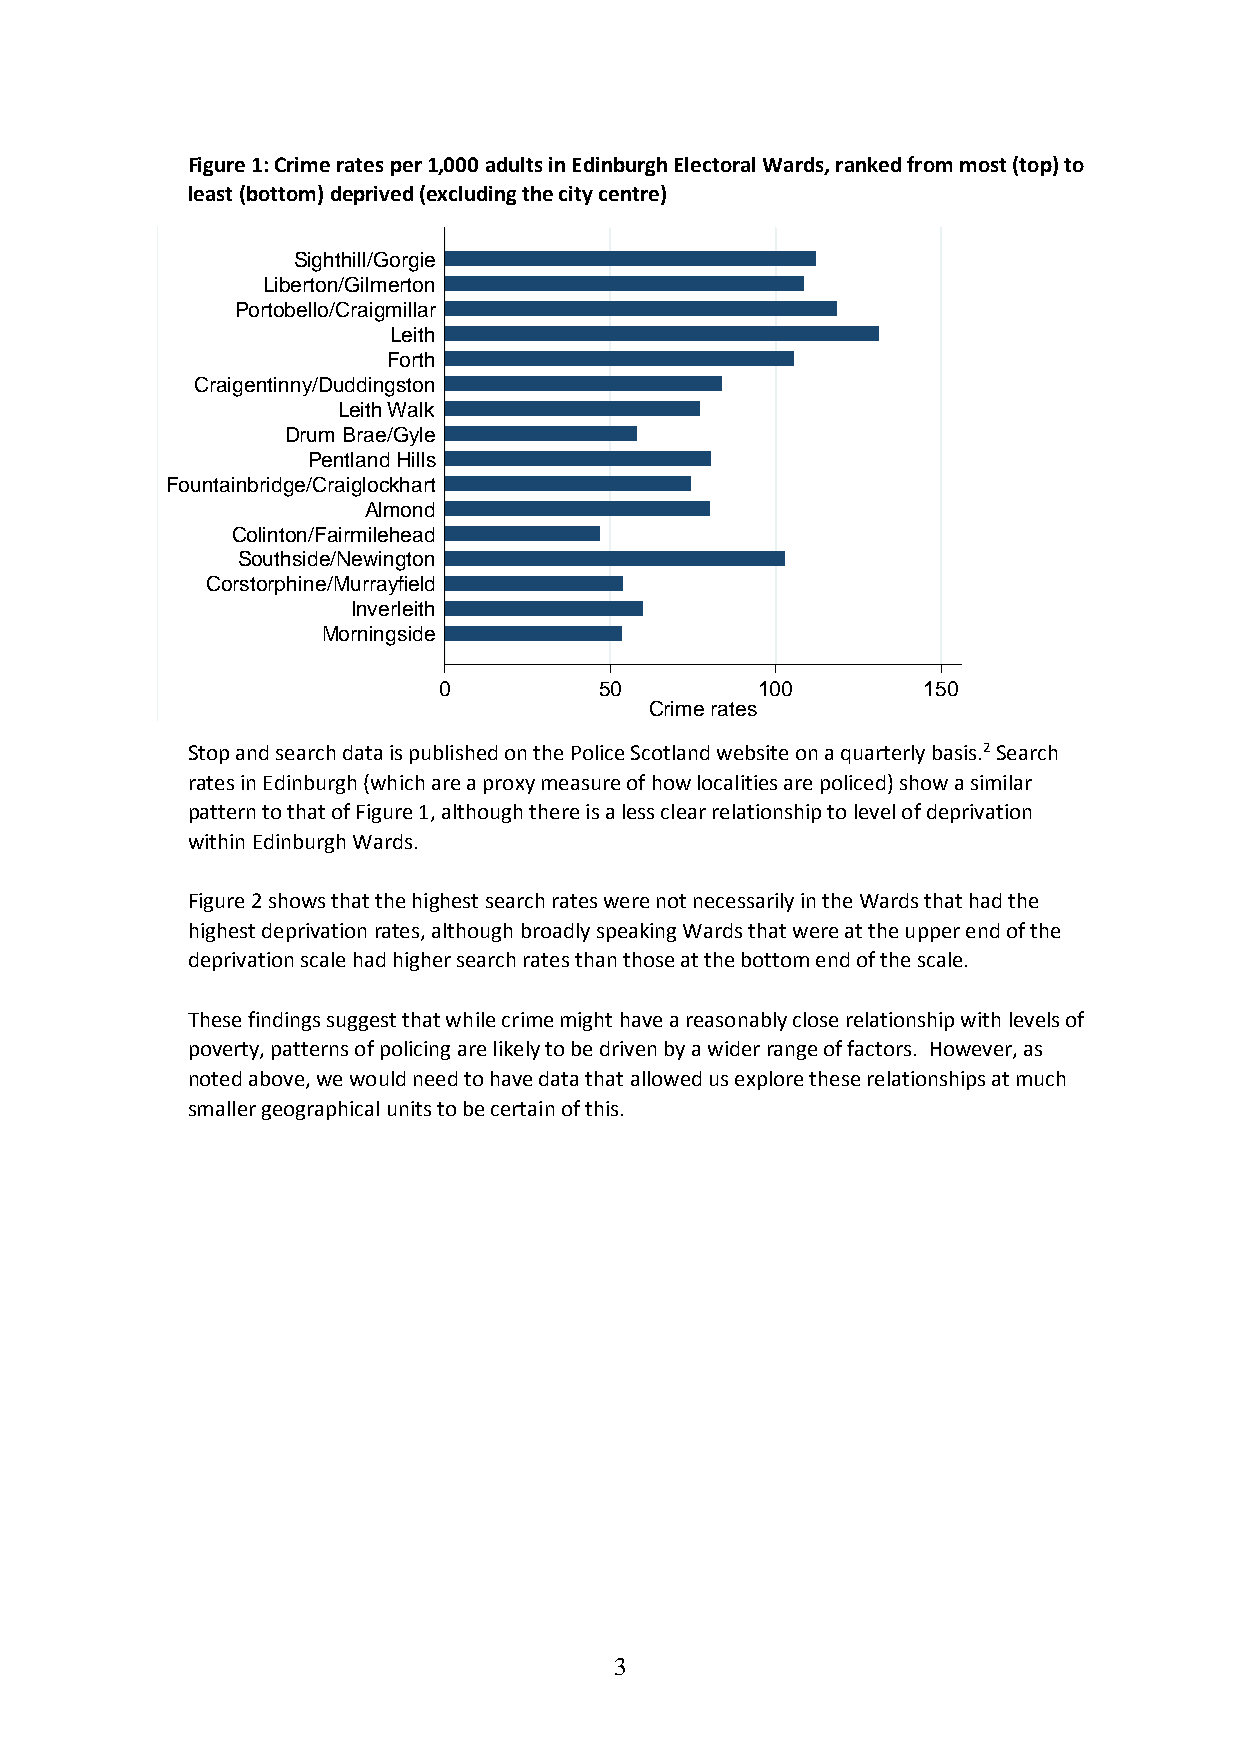
Figure 1: Crime rates per 1,000 adults in Edinburgh Electoral Wards, ranked from most (top) to
 least (bottom) deprived (excluding the city centre)
 Crime rates by SIMD in Edinburgh's wards
 Sighthill/Gorgie
 Liberton/Gilmerton
 Portobello/Craigmillar
 Leith
 Forth
 Craigentinny/Duddingston
 Leith Walk
 Drum Brae/Gyle
 Pentland Hills
 Fountainbridge/Craiglockhart
 Almond
 Colinton/Fairmilehead
 Southside/Newington
 Corstorphine/Murrayfield
 Inverleith
 Morningside
 0          50        100        150
 Crime rates
 Source: Created by the author
 Stop and search data is published on the Police Scotland website on a quarterly basis.2 Search
 rates in Edinburgh (which are a proxy measure of how localities are policed) show a similar
 pattern to that of Figure 1, although there is a less clear relationship to level of deprivation
 within Edinburgh Wards.
 Figure 2 shows that the highest search rates were not necessarily in the Wards that had the
 highest deprivation rates, although broadly speaking Wards that were at the upper end of the
 deprivation scale had higher search rates than those at the bottom end of the scale.
 These findings suggest that while crime might have a reasonably close relationship with levels of
 poverty, patterns of policing are likely to be driven by a wider range of factors. However, as
 noted above, we would need to have data that allowed us explore these relationships at much
 smaller geographical units to be certain of this.
 3